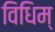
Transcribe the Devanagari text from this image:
विधिम्